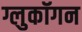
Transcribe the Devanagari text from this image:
ग्लुकॉगन